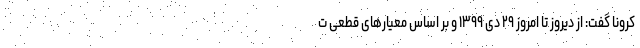
کرونا گفت: از دیروز تا امروز ۲۹ دی ۱۳۹۹ و بر اساس معیارهای قطعی ت